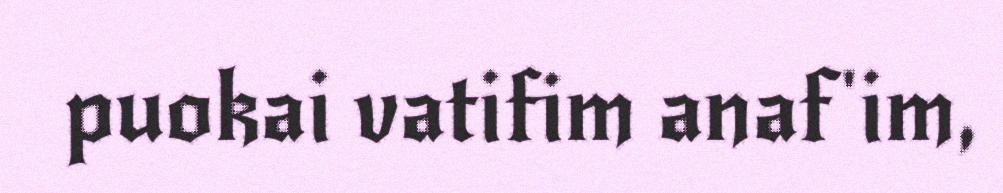
puokai vatifim anaf'im,